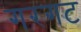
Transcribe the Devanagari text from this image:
गरगट